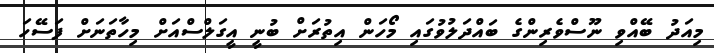
މިއަދު ބޭއްވި ނޫސްވެރިންގެ ބައްދަލުވުުގައި މޯހަން އިތުރަށް ބުނީ އީގަލްސްއަށް މިހާތަނަށް ފަސޭހަ